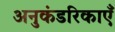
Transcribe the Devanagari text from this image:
अनुकंडरिकाएँ